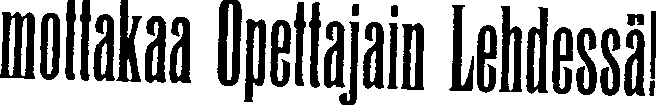
mottakaa Opettajain Lehdessä!